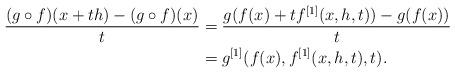
LaTeX: \begin{align*}\frac{(g \circ f) (x + th) - (g \circ f) (x)}{t} &= \frac{g(f(x) + t f^{[1]}(x,h,t)) - g (f(x))}{t} \\&= g^{[1]}(f(x), f^{[1]}(x,h,t), t).\end{align*}